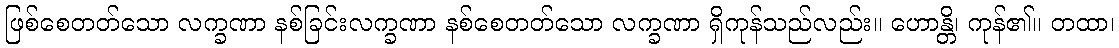
ဖြစ်စေတတ်သော လက္ခဏာ နစ်ခြင်းလက္ခဏာ နစ်စေတတ်သော လက္ခဏာ ရှိကုန်သည်လည်း။ ဟောန္တိ၊ ကုန်၏။ တထာ၊